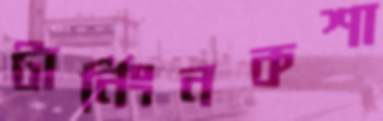
টার্নিংনকশা